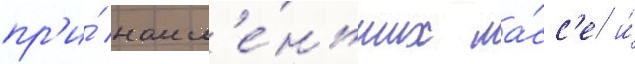
пр'и́ наим'е́ньших ма́сс'е и́